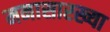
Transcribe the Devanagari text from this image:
मनासारख्या